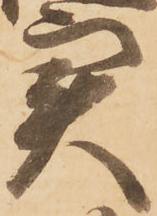
実